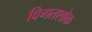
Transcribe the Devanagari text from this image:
विगतशोक